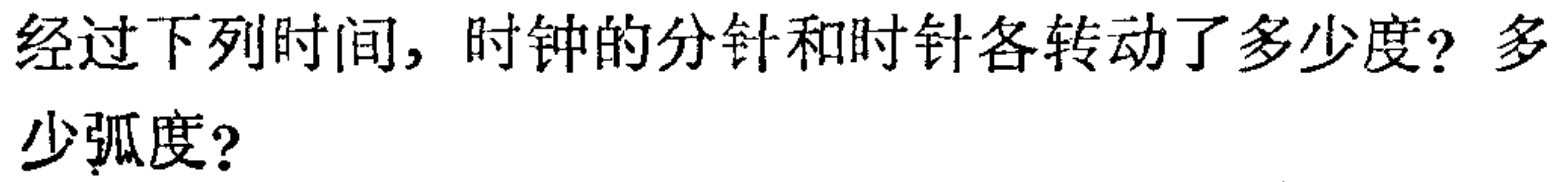
经过下列时间，时钟的分针和时针各转动了多少度？多少弧度？